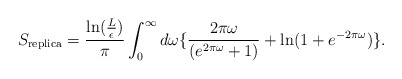
\begin{align*}S_{\rm replica} = {{\rm ln}({L\over\epsilon})\over\pi}\int_0^\infty d\omega \{{2\pi\omega\over(e^{2\pi\omega}+1)}+{\rm ln}(1+e^{-2\pi\omega})\}.\end{align*}